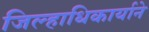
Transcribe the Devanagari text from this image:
जिल्हाधिकार्याने